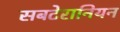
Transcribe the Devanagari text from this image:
सबटेरानियन